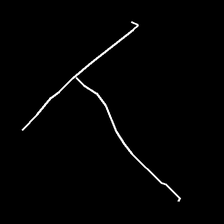
Glyph: column